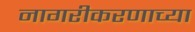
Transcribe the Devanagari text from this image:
नागरीकरणाच्या